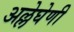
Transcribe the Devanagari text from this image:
अल्लेघेणी